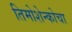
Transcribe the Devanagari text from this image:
तिमोशेन्कोचा